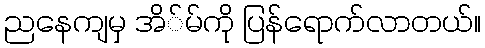
ညနေကျမှ အိ်မ်ကို ပြန်ရောက်လာတယ်။